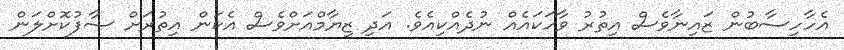
އެހާހިސާބުން ޒައިނާވެސް އިތުރު ވާހަކައެއް ނުދެއްކިއެވެ. އަދި ޒިޔާމްއަށްވެސް އެކަން އިތުރަށް ސާފުކޮށްލަން